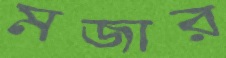
মজার